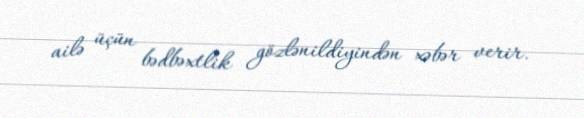
ailə üçün bədbəxtlik gözlənildiyindən xəbər verir.